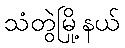
သံတွဲမြို့နယ်